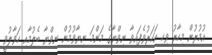
އުމުރުން މިހާރު ވިހި އަހަރުވެފައިވާ ނިވްޔާގެ މަންމަ ނިޔާވުމުން ނިވްޔާ ބެލުމާއި ހަވާލުވީ